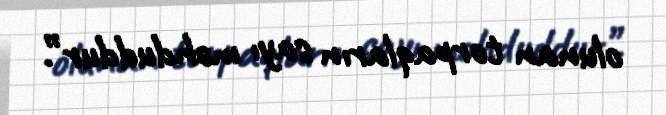
olunan torpaqların sayı məhduddur”.